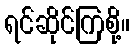
ရင်ဆိုင်ကြစို့။